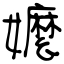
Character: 嬤